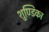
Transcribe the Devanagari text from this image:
शुण्डिका